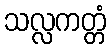
သလ္လကတ္တံ